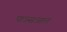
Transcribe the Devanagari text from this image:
पाऊसआल